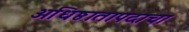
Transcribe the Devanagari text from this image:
अधिष्ठातापदाचा